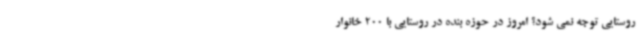
روستایی توجه نمی شود؟ امروز در حوزه بنده در روستایی با 200 خانوار